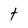
Character: t